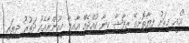
"އެއީ މިރަށު ފިޔާތޮށިގޭ ރިފާޝާ ކިޔާ ކުއްޖެއް އާއިލާ މީހުންނާއެކު ދަތުރު ދިޔައީ